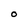
Character: O